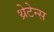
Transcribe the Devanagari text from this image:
थ्रेटेन्स